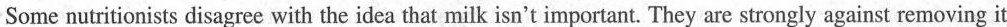
Some nutritionists disagree with the idea that milk isn't important. They are strongly against removing it